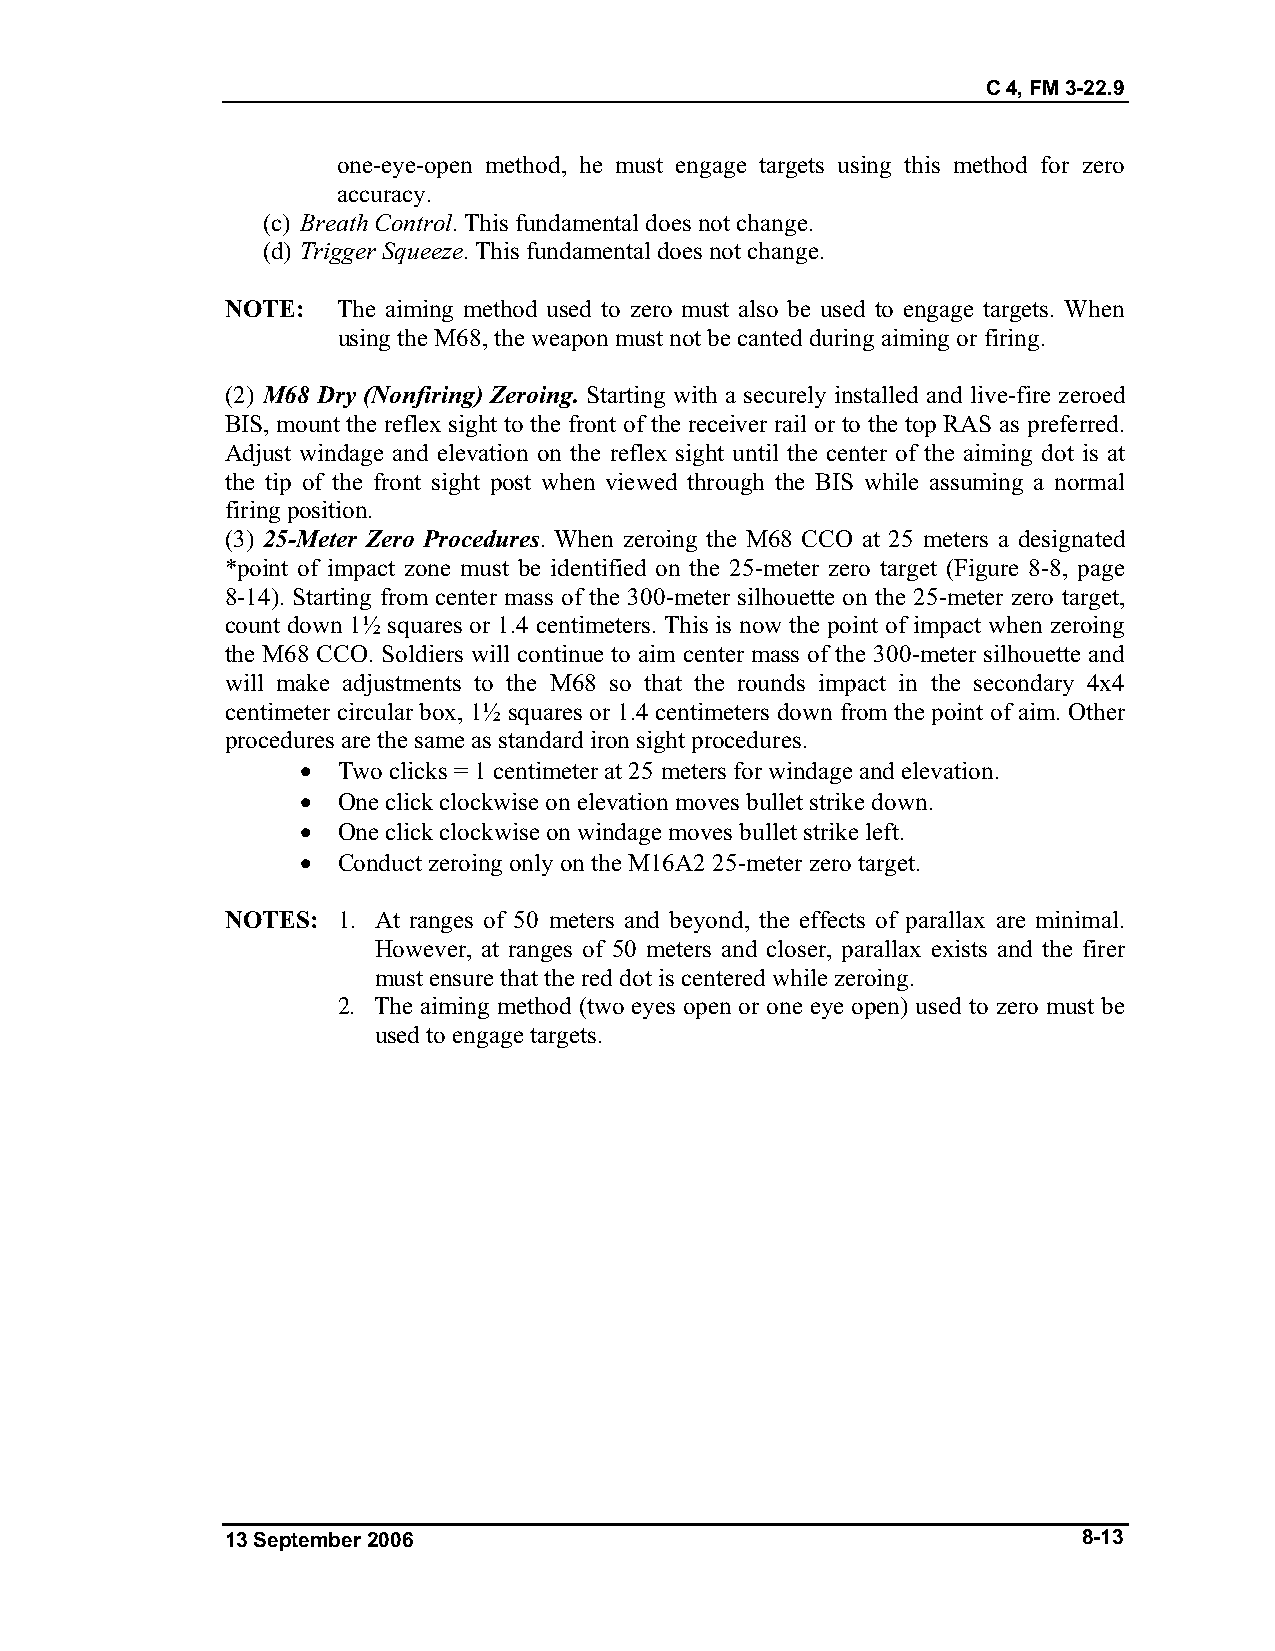
C 4, FM 3-22.9
 one-eye-open method, he must engage targets using this method for zero
 accuracy.
 (c) Breath Control. This fundamental does not change.
 (d) Trigger Squeeze. This fundamental does not change.
 NOTE:  The aiming method used to zero must also be used to engage targets. When
 using the M68, the weapon must not be canted during aiming or firing.
 (2) M68 Dry (Nonfiring) Zeroing. Starting with a securely installed and live-fire zeroed
 BIS, mount the reflex sight to the front of the receiver rail or to the top RAS as preferred.
 Adjust windage and elevation on the reflex sight until the center of the aiming dot is at
 the tip of the front sight post when viewed through the BIS while assuming a normal
 firing position.
 (3) 25-Meter Zero Procedures. When zeroing the M68 CCO at 25 meters a designated
 *point of impact zone must be identified on the 25-meter zero target (Figure 8-8, page
 8-14). Starting from center mass of the 300-meter silhouette on the 25-meter zero target,
 count down 1½ squares or 1.4 centimeters. This is now the point of impact when zeroing
 the M68 CCO. Soldiers will continue to aim center mass of the 300-meter silhouette and
 will make adjustments to the M68 so that the rounds impact in the secondary 4x4
 centimeter circular box, 1½ squares or 1.4 centimeters down from the point of aim. Other
 procedures are the same as standard iron sight procedures.
 • Two clicks = 1 centimeter at 25 meters for windage and elevation.
 • One click clockwise on elevation moves bullet strike down.
 • One click clockwise on windage moves bullet strike left.
 • Conduct zeroing only on the M16A2 25-meter zero target.
 NOTES: 1. At ranges of 50 meters and beyond, the effects of parallax are minimal.
 However, at ranges of 50 meters and closer, parallax exists and the firer
 must ensure that the red dot is centered while zeroing.
 2. The aiming method (two eyes open or one eye open) used to zero must be
 used to engage targets.
 13 September 2006                                        8-13